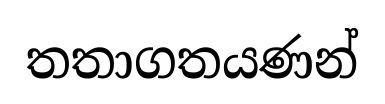
තතාගතයණන්